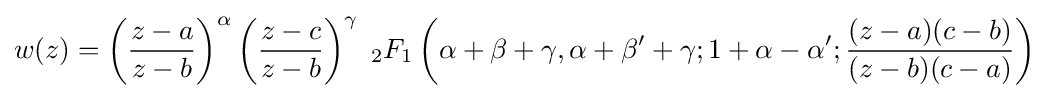
w(z)=\left({\frac {z-a}{z-b}}\right)^{\alpha }\left({\frac {z-c}{z-b}}\right)^{\gamma }\;_{2}F_{1}\left(\alpha +\beta +\gamma ,\alpha +\beta '+\gamma ;1+\alpha -\alpha ';{\frac {(z-a)(c-b)}{(z-b)(c-a)}}\right)